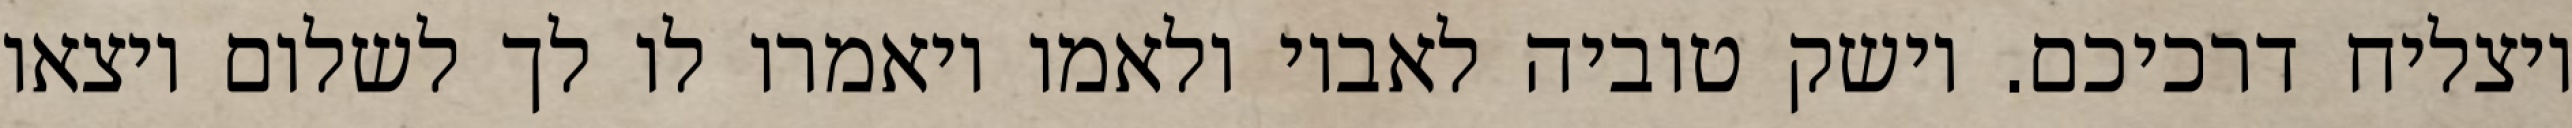
ויצליח דרכיכם. וישק טוביה לאביו ולאמו ויאמרו לו לך לשלום ויצאו